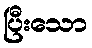
ပြီးသော